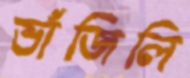
ভাঁজিলি